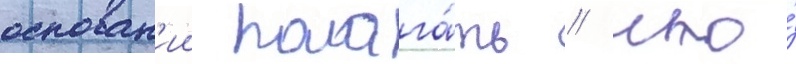
основан'ии полага́ть / что́